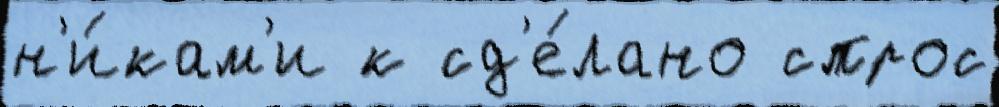
н'и́кам'и к сд'е́лано спрос